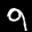
Label: 9